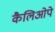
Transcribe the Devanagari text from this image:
कैलिओपे